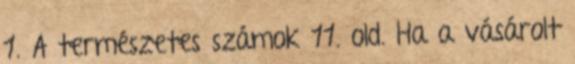
1. A természetes számok 11. old. Ha a vásárolt